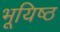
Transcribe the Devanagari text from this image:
भूयिष्ठ